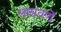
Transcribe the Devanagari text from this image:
सासवणें